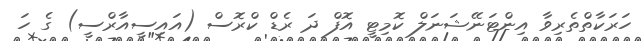
ހަރަކާތްތެރިވާ އިންޓަނޭޝަނަލް ކޮމިޓީ އޮފް ދަ ރެޑް ކްރޮސް (އައިސީއާރްސީ) ގެ ހަ